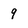
Character: 9